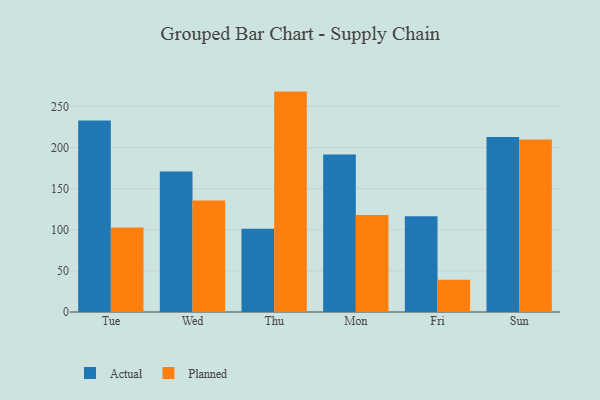
{"axis": {"x": "Day", "y": "Customer Acquisition Cost (USD)"}, "legend": ["Actual", "Planned"], "data": [{"x": "Tue", "y": 233.0, "type": "Actual"}, {"x": "Tue", "y": 102.9, "type": "Planned"}, {"x": "Wed", "y": 171.0, "type": "Actual"}, {"x": "Wed", "y": 135.5, "type": "Planned"}, {"x": "Thu", "y": 101.3, "type": "Actual"}, {"x": "Thu", "y": 268.1, "type": "Planned"}, {"x": "Mon", "y": 191.7, "type": "Actual"}, {"x": "Mon", "y": 118.1, "type": "Planned"}, {"x": "Fri", "y": 116.6, "type": "Actual"}, {"x": "Fri", "y": 39.2, "type": "Planned"}, {"x": "Sun", "y": 212.8, "type": "Actual"}, {"x": "Sun", "y": 209.7, "type": "Planned"}]}